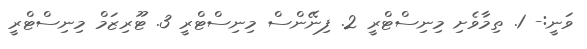
ވަނީ:- 1. ތިމާވެށި މިނިސްޓްރީ 2. ފިނޭންސް މިނިސްޓްރީ 3. ޓޫރިޒަމް މިނިސްޓްރީ